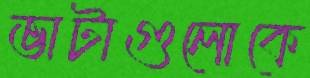
ভাটাগুলোকে